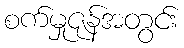
စက်မှုဇုန်အတွင်း